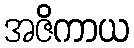
အဇိကာယ